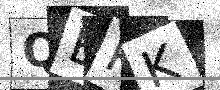
Text: QBRK